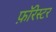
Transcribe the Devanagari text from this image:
फ़ॉरेस्टर